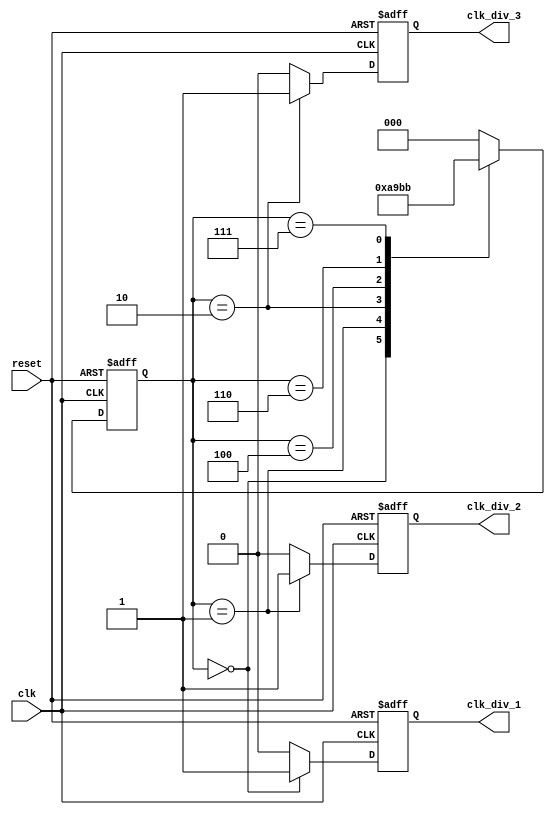
module Johnson_counter_clock_divider (
    input wire clk,
    input wire reset,
    output reg clk_div_1,
    output reg clk_div_2,
    output reg clk_div_3
);

reg [2:0] count;
reg [2:0] next_count;

always @ (posedge clk or posedge reset) begin
    if (reset) begin
        count <= 3'b000;
    end else begin
        count <= next_count;
    end
end

always @ (*) begin
    case (count)
        3'b000: next_count = 3'b001;
        3'b001: next_count = 3'b010;
        3'b010: next_count = 3'b100;
        3'b100: next_count = 3'b110;
        3'b110: next_count = 3'b111;
        3'b111: next_count = 3'b011;
        default: next_count = 3'b000;
    endcase
end

always @ (posedge clk or posedge reset) begin
    if (reset) begin
        clk_div_1 <= 1'b0;
        clk_div_2 <= 1'b0;
        clk_div_3 <= 1'b0;
    end else begin
        case (count)
            3'b000: begin
                clk_div_1 <= 1'b1;
                clk_div_2 <= 1'b0;
                clk_div_3 <= 1'b0;
            end
            3'b001: begin
                clk_div_1 <= 1'b0;
                clk_div_2 <= 1'b1;
                clk_div_3 <= 1'b0;
            end
            3'b010: begin
                clk_div_1 <= 1'b0;
                clk_div_2 <= 1'b0;
                clk_div_3 <= 1'b1;
            end
            default: begin
                clk_div_1 <= 1'b0;
                clk_div_2 <= 1'b0;
                clk_div_3 <= 1'b0;
            end
        endcase
    end
end

endmodule